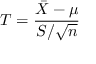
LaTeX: T = { \frac { { \bar { X } } - \mu } { S / { \sqrt { n } } } }